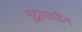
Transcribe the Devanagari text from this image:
मुद्रणाधीन